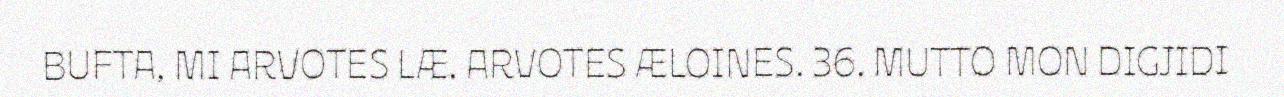
BUFTA, MI ARVOTES LÆ. ARVOTES ÆLOINES. 36. MUTTO MON DIGJIDI